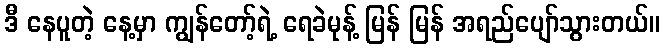
ဒီ နေပူတဲ့ နေ့မှာ ကျွန်တော့်ရဲ့ ရေခဲမုန့် မြန် မြန် အရည်ပျော်သွားတယ်။